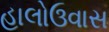
હાલોઉવાસ